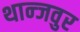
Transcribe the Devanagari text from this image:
थान्जवुर